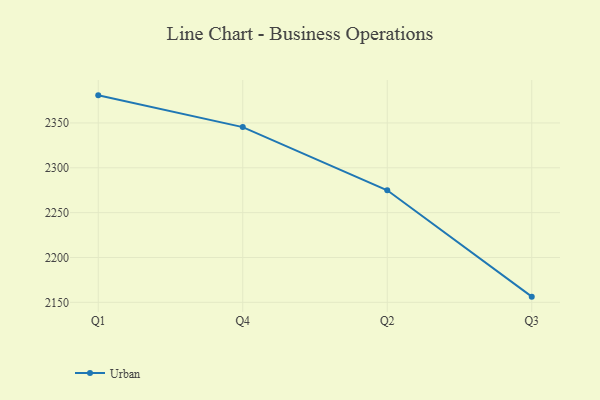
{"axis": {"x": "Quarter", "y": "Population (Million)"}, "legend": ["Urban"], "data": [{"x": "Q1", "y": 2380.8, "type": "Urban"}, {"x": "Q4", "y": 2345.4, "type": "Urban"}, {"x": "Q2", "y": 2274.9, "type": "Urban"}, {"x": "Q3", "y": 2156.3, "type": "Urban"}]}